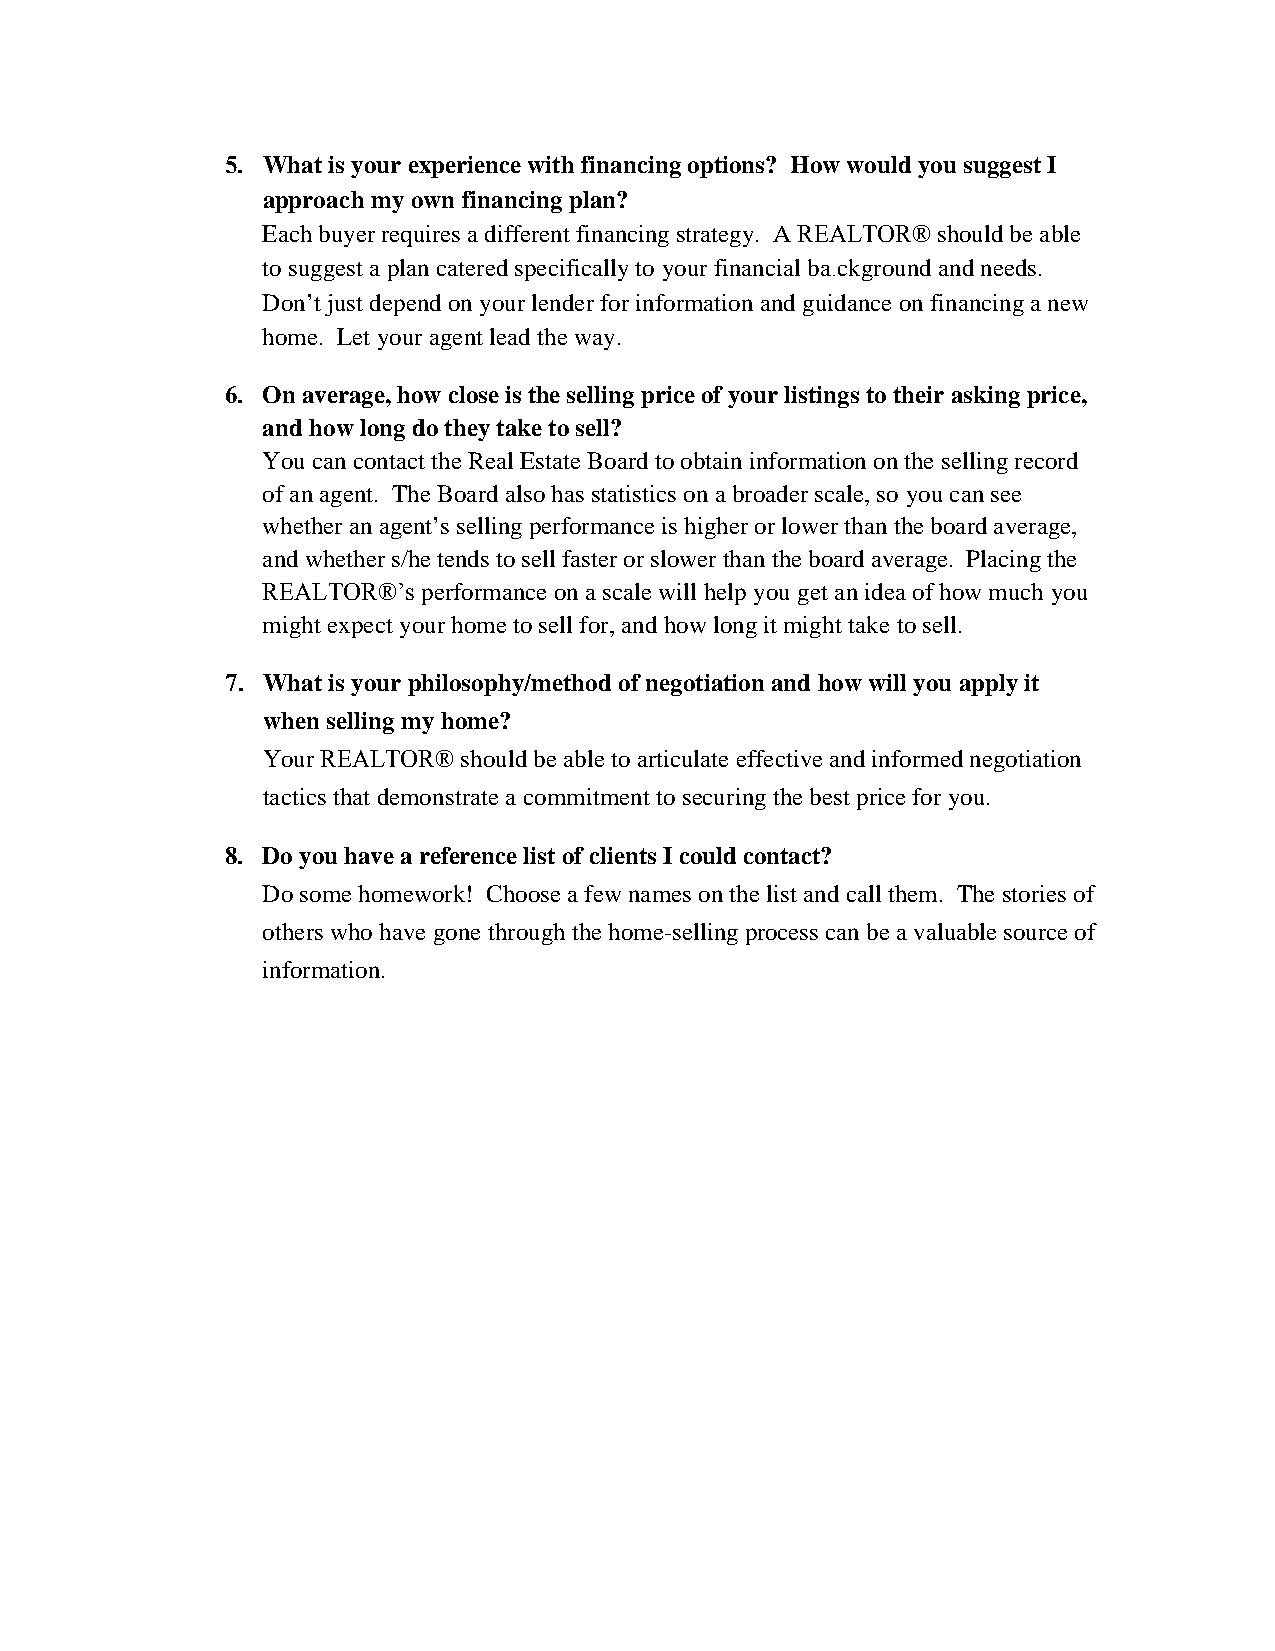
5.What is your experience with financing options? How would you suggest I
 approach my own financing plan?
 Each buyer requires a different financing strategy. A REALTOR® should be able
 to suggest a plan catered specifically to your financial ba.ckground and needs.
 Don’t just depend on your lender for information and guidance on financing a new
 home. Let your agent lead the way.
 6.On average, how close is the selling price of your listings to their asking price,
 and how long do they take to sell?
 You can contact the Real Estate Board to obtain information on the selling record
 of an agent. The Board also has statistics on a broader scale, so you can see
 whether an agent’s selling performance is higher or lower than the board average,
 and whether s/he tends to sell faster or slower than the board average. Placing the
 REALon                a Tscale wilOl help yoRu get an® idea of ’how mucsh you performance
 might expect your home to sell for, and how long it might take to sell.
 7.What is your philosophy/method of negotiation and how will you apply it
 when selling my home?
 Your REALTOR® should be able to articulate effective and informed negotiation
 tactics that demonstrate a commitment to securing the best price for you.
 8.Do you have a reference list of clients I could contact?
 Do some homework! Choose a few names on the list and call them. The stories of
 others who have gone through the home-selling process can be a valuable source of
 information.